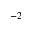
^ { - 2 }